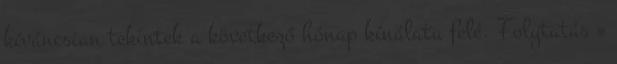
kíváncsian tekintek a következő hónap kínálata felé. Folytatás »